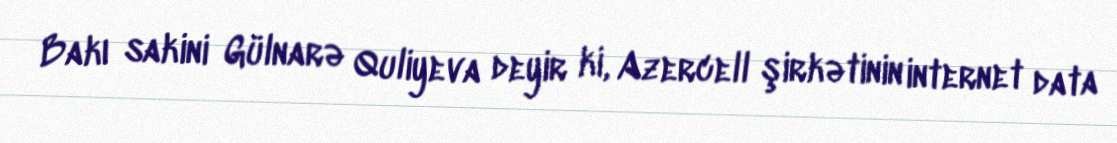
Bakı sakini Gülnarə Quliyeva deyir ki, Azercell şirkətinin internet data